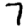
Digit: 7